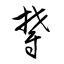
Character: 欝